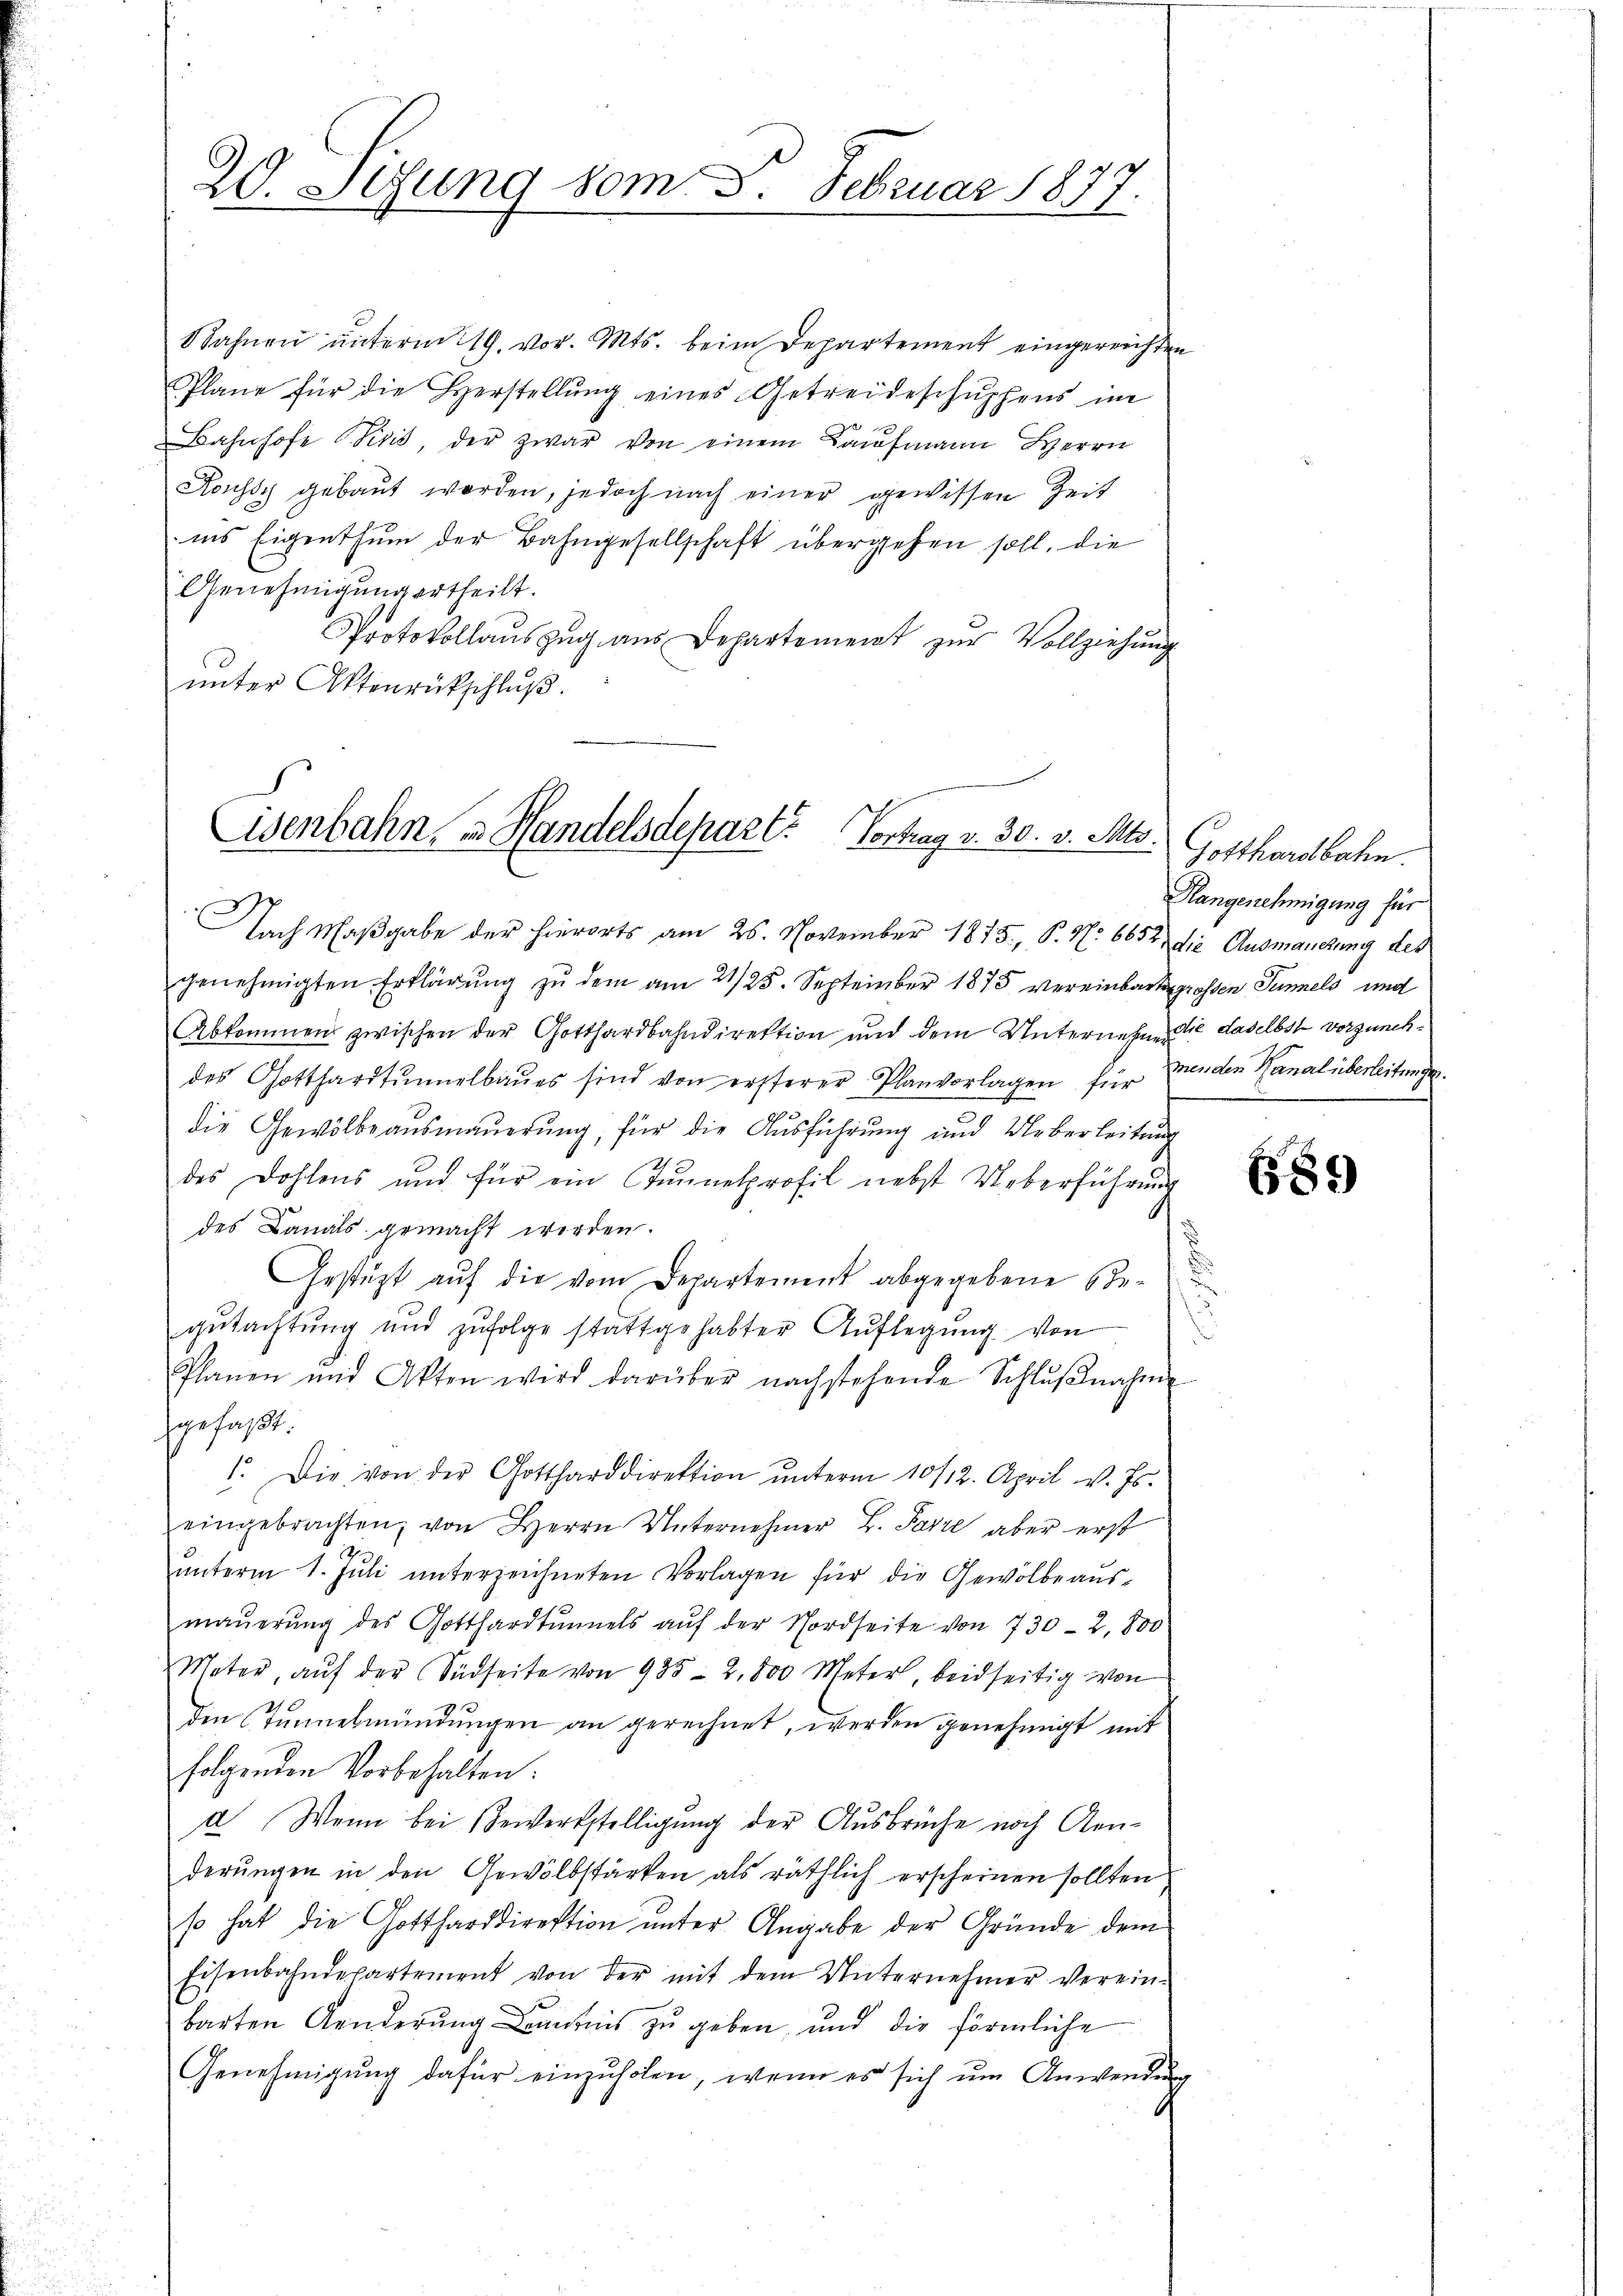
20. Sizung vom 8. Februar 1877.

Sahnen unterm 19. vor. Mts. beim Departement eingereichten
Plane für die Herstellung eines Getreideschupfens im
Bahnhofe Pixis, der zwar von einem Kaŭfmann Herrn
Koussy gebaut werden, jedoch nach einer gewissen Zeit
ins Eigenthum der Bahngesellschaft übergehen soll, die
Genehmigung ertheilt.
Protokollauszug aus Departement zur Vollziehung
unter Ottenrückschluß.

Cisenbahn u Handelsdepart. Vortrag v. 30. v. Mts.

Nach Maßgabe der hierorts am 25. November 1875, P. Nr. 6652 die Ausmachung des
genehmigten Erklärŭng zŭ dem am 21/25. September 1875 vereinbart grossen Tunnels und
Abkommen zwischen der Gotthardbahndirektion und dem Unternehmen daselbst vorzunehdes Gotthardtunnelbaues sind von ersterer Planvorlagen für Menden Kanal überleitungsdie Gewölbe aŭsmaŭerŭng, für die Aŭsführŭng und Ueberleitŭng
des Dohlens und für ein Tunnelprofil nebst Ueberführung
des Banals gemacht worden.
Gestützt auf die vom Departement abgegebene Begŭtachtŭng und zŭfolge stattgehabter Aŭflegŭng von
Pflanen und Akten wird darüber nachstehende Schlŭβnahme
gefaßt:
1. Die von der Gottharddirektion ŭnterm 10/12. April v. Js.
eingebrachten, von Herrn Unternehmer L. Parre aber erst
ŭnterm 1. Jŭli unterzeichneten Vorlagen für die Gewölbe aus-
maŭerŭng des Gotthardtunnels aŭf der Nordseite von 730-2,800
Mater, aŭf der Südseite von 935 - 2,800 Meter, beidseitig von
die Tunnelmündŭngen an gerechnet, werden genehmigt mit
folgenden Vorbehalten.
d. Wenn bei Bewerkstelligung der Ausbrüche noch Anderungen in den Gewölbstärken als räthlich erscheinen sollten,
so hat die Gottharddirektion unter Angabe der Gründe dem
Eisenbahndepartement von der mit dem Unternehmer verein-
barten Aenderŭng annis zu geben, und die förmliche
Genehmigŭng dafür einzŭholen, wenn es sich ŭm Anwendung
c

Gotthardbahn.
Hangenehmigung für

.

89)